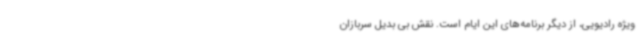
ویژه رادیویی، از دیگر برنامه‌های این ایام است. نقش بی بدیل سربازان